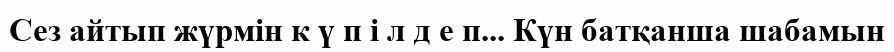
Сез айтып жүрмін к ү п і л д е п... Күн батқанша шабамын